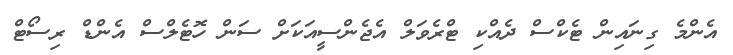
އެންމެ ގިނައިން ޓެކްސް ދެއްކި ޓްރެވަލް އެޖެންސީއަކަށް ސަން ހޮޓެލްސް އެންޑް ރިސޯޓް